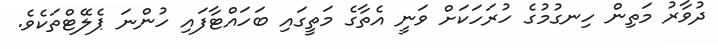
ދުވާރު މަތިން ހިނގުމުގެ ހުރަހަކަށް ވަނީ އެތާގެ މަތީގައި ބަހައްޓާފައި ހުންނަ ޕެލޭޓްތަކެވެ.